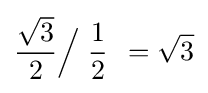
{\frac {\sqrt {3}}{2}}{\Big /}\;{\frac {1}{2}}\;\,={\sqrt {3}}